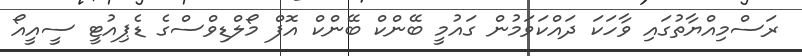
ރަސްމިއްޔާތުގައި ވާހަކަ ދައްކަވަމުން ގައުމީ ބޭންކް ބޭންކް އޮފް މޯލްޑިވްސްގެ ޑެޕިއުޓީ ސީއީއޯ